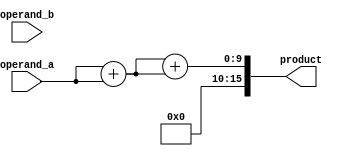
module BoothMultiplier(
    input [7:0] operand_a,
    input [7:0] operand_b,
    output reg [15:0] product
);

reg [7:0] ppg [7:0]; // Partial Product Generation Units
reg [15:0] multiplier_array [3:0]; // Multiplier Array
reg [15:0] partial_products [3:0]; // Partial Products
reg [15:0] sum1, sum2, sum3; // Wallace Tree Adder intermediate sums

// Generate partial products using Booth Encoding
always @*
begin
    ppg[0] = {operand_b[0], operand_a}; // Booth Encoding for first partial product
    ppg[1] = {operand_b[1], operand_a}; // Booth Encoding for second partial product
    ppg[2] = {operand_b[2], operand_a}; // Booth Encoding for third partial product
    ppg[3] = {operand_b[3], operand_a}; // Booth Encoding for fourth partial product
    ppg[4] = {operand_b[4], operand_a}; // Booth Encoding for fifth partial product
    ppg[5] = {operand_b[5], operand_a}; // Booth Encoding for sixth partial product
    ppg[6] = {operand_b[6], operand_a}; // Booth Encoding for seventh partial product
    ppg[7] = {operand_b[7], operand_a}; // Booth Encoding for eighth partial product
end

// Multiply partial products with multiplier array
always @*
begin
    multiplier_array[0] = ppg[0]; // Multiply first partial product with multiplier array
    multiplier_array[1] = ppg[1]; // Multiply second partial product with multiplier array
    multiplier_array[2] = ppg[2]; // Multiply third partial product with multiplier array
    multiplier_array[3] = ppg[3]; // Multiply fourth partial product with multiplier array
end

// Add partial products using Wallace Tree Adder
assign sum1 = multiplier_array[0] + multiplier_array[1]; // Sum of first two products
assign sum2 = multiplier_array[2] + multiplier_array[3]; // Sum of next two products
assign sum3 = sum1 + sum2; // Final sum of all products

// Final product accumulator
always @*
begin
    product = sum3; // Final product value
end

endmodule